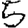
Digit: 5